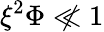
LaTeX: \xi^{2}\Phi\not\ll 1